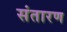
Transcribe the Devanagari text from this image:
संतारण